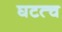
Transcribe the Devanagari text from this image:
घटत्च